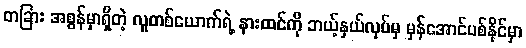
တခြား အစွန်မှာရှိတဲ့ လူတစ်ယောက်ရဲ့ နားထင်ကို ဘယ့်နှယ်လုပ်မှ မှန်အောင်ပစ်နိုင်မှာ